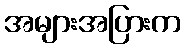
အများအပြားက